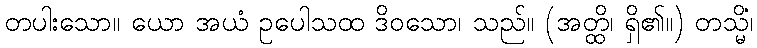
တပါးသော။ ယော အယံ ဥပေါသထ ဒိဝသော၊ သည်။ (အတ္ထိ၊ ရှိ၏။) တသ္မိံ၊